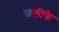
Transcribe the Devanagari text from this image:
खलीफे